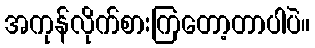
အကုန်လိုက်စားကြတော့တာပါပဲ။